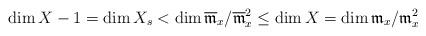
LaTeX: \begin{align*}{\dim X - 1=\dim X_s < \dim \overline{\mathfrak{m}}_x/\overline{\mathfrak{m}}_x^2 \le \dim X = \dim \mathfrak{m}_x/\mathfrak{m}_x^2}\end{align*}